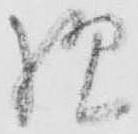
様